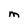
Character: M